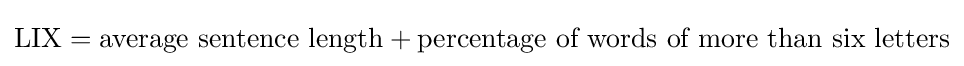
{\text{LIX}}={\text{average sentence length}}+{\text{percentage of words of more than six letters}}